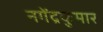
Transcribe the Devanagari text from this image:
नगेंद्रकुमार